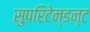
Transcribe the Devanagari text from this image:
सुपरिंटेन्डन्ट